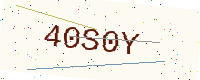
Text: 40S0Y